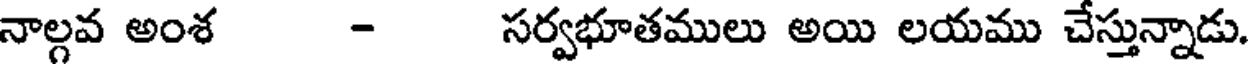
నాల్గవ అంశ - సర్వభూతములు అయి లయము చేస్తున్నాడు.